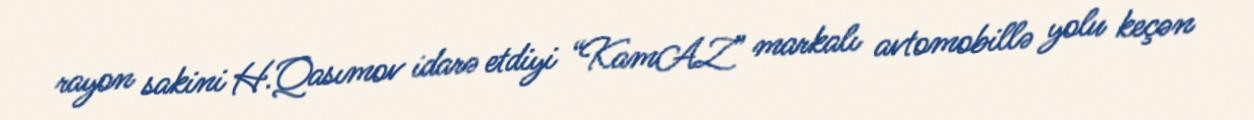
rayon sakini H.Qasımov idarə etdiyi “KamAZ” markalı avtomobillə yolu keçən